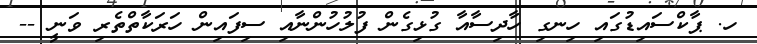
ހ. ޕާކްސައިޑުގައި ހިނގި ހާދިސާއާ ގުޅިގެން ފުލުހުންނާއި ސިފައިން ހަރަކާތްތެރި ވަނީ --